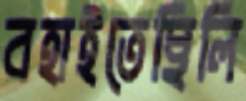
বহাইতেছিলি